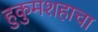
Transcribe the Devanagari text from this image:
हुकुमशहाचा